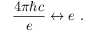
{ \frac { 4 \pi \hbar c } { e } } \leftrightarrow e \ .